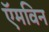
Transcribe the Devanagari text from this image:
ऍमविन